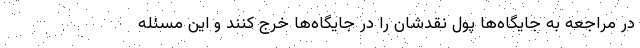
در مراجعه به جایگاه‌ها پول نقدشان را در جایگاه‌ها خرج کنند و این مسئله